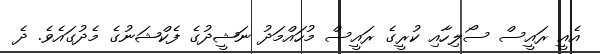
އެއީ ރައީސް ސޯލިހާއި ކުރީގެ ރައީސް މުހައްމަދު ނަޝީދުގެ ފެކްޝަނުގެ މެދުގައެވެ. ދެ